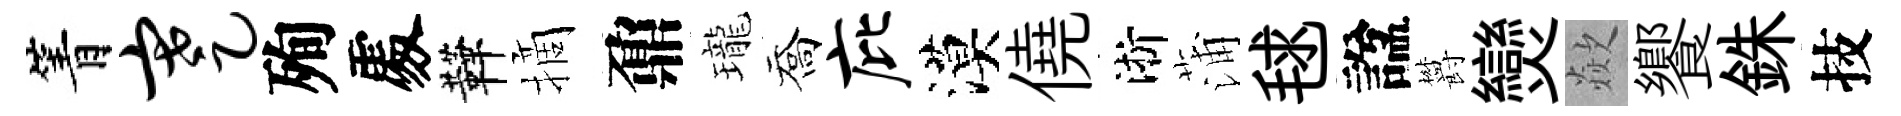
箐蹇殉𠁅鞾摘鼐瓏喬庇漠僥淅蒲毬諡欝𤓖歘饗銖技